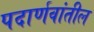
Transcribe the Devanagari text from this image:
पदार्णवांतील